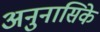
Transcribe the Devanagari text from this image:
अनुनासिके